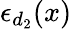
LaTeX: \epsilon_{d_{2}}(x)